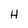
Character: H